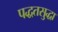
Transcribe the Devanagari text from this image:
पद्धतसुद्धा